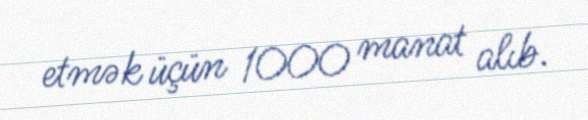
etmək üçün 1000 manat alıb.